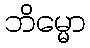
ဘိမ္မော